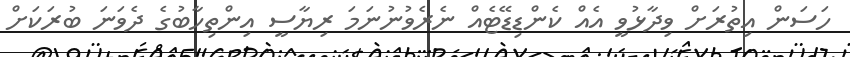
ހަސަން އިތުރަށް ވިދާޅުވީ އެއް ކެންޑިޑޭޓެއް ނެރެވުނުނަމަ ރިޔާސީ އިންތިހާބުގެ ދެވަނަ ބުރަކަށް